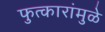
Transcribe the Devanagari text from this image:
फुत्कारांमुळे